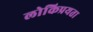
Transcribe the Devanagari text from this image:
लोकिप्रयता